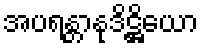
အပရန္တာနုဒိဋ္ဌိယော